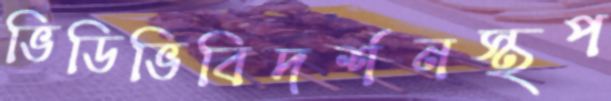
ভিডিভিবিদর্শনস্থপ